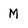
Character: M